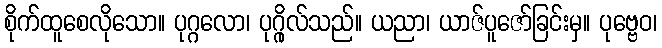
စိုက်ထူစေလိုသော။ ပုဂ္ဂလော၊ ပုဂ္ဂိုလ်သည်။ ယညာ၊ ယာဇ်ပူဇော်ခြင်းမှ။ ပုဗ္ဗေဝ၊